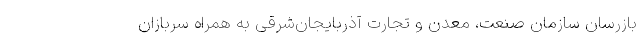
بازرسان سازمان صنعت، معدن و تجارت آذربایجان‌شرقی به همراه سربازان